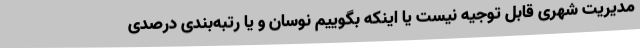
مدیریت شهری قابل توجیه نیست یا اینکه بگوییم نوسان و یا رتبه‌بندی درصدی